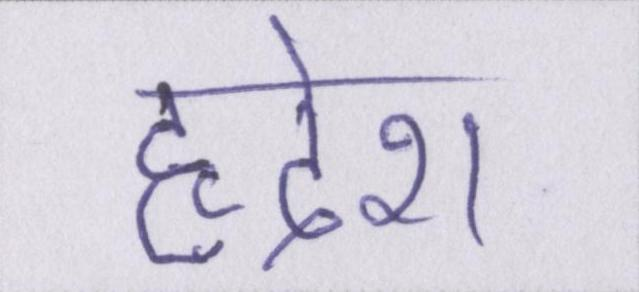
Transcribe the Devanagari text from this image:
हृदेश